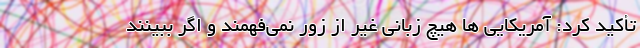
تأکید کرد: آمریکایی ها هیچ زبانی غیر از زور نمی‌فهمند و اگر ببینند